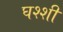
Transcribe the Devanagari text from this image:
घश्शी